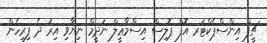
ޗީފް އިންސްޕެކްޓަރ އޮފް ޕޮލިސް އިސްމާޢީލް ނަދީމް ނިޔާވި އިރު ދެ ފިރިހެން